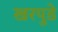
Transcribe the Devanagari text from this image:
खरपुडे